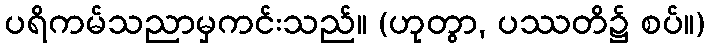
ပရိကမ်သညာမှကင်းသည်။ (ဟုတွာ, ပဿတိ၌ စပ်။)